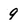
Character: 9